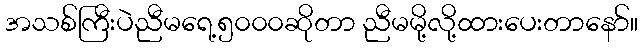
အသစ်ကြီးပဲညီမရေ့၅၀၀၀ဆိုတာ ညီမမို့လို့ထားပေးတာနော်။